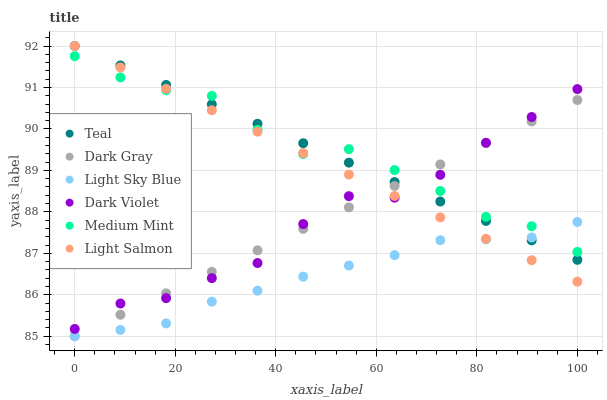
| xaxis_label | Teal | Dark Gray | Light Sky Blue | Dark Violet | Medium Mint | Light Salmon |
 | --- | --- | --- | --- | --- | --- | --- |
 | 0 | 92 | 85 | 85 | 85.2 | 91.8 | 92 |
 | 9.09 | 91.5 | 85.5 | 85.2 | 85.8 | 91.2 | 91.5 |
 | 18.2 | 91.1 | 86 | 85.3 | 85.9 | 90.9 | 91 |
 | 27.3 | 90.6 | 86.6 | 85.8 | 86.4 | 90.8 | 90.5 |
 | 36.4 | 90.1 | 87.1 | 86.1 | 86.8 | 90 | 89.9 |
 | 45.5 | 89.7 | 87.6 | 86.4 | 87.7 | 89.4 | 89.4 |
 | 54.5 | 89.2 | 88.1 | 86.7 | 88.4 | 89.5 | 88.9 |
 | 63.6 | 88.7 | 88.6 | 87 | 88.3 | 89 | 88.4 |
 | 72.7 | 88.2 | 89.1 | 87.3 | 88.9 | 88.5 | 87.9 |
 | 81.8 | 87.8 | 89.7 | 87.3 | 89.7 | 87.9 | 87.4 |
 | 90.9 | 87.3 | 90.2 | 87.4 | 90.3 | 87.7 | 86.8 |
 | 100 | 86.8 | 90.7 | 87.8 | 91 | 87 | 86.3 |